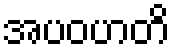
အပဝဟတိ